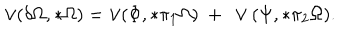
LaTeX: \vee ( \delta \Omega , * \Omega ) = \vee ( \Phi , * \pi _ { 1 } \Omega ) \ + \ \vee ( \Psi , * \pi _ { 2 } \Omega ) .